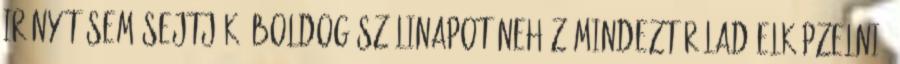
irányát sem sejtjük. Boldog szülinapot Nehéz mindezt rólad elképzelni.